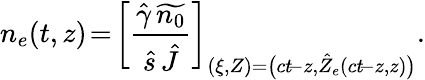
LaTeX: n_{e}(t,z)\! =\! \left[\frac{\hat{\gamma}\, \widetilde{n_{0}}}{\hat{s}\, \hat{J}}\right]_{(\xi,Z)=\big(ct\! -z,\hat{Z}_{e}(ct\! -z,z)\big)}.